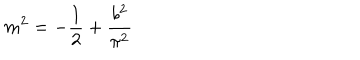
LaTeX: m ^ { 2 } = - \frac { 1 } { 2 } + \frac { b ^ { 2 } } { \pi ^ { 2 } }